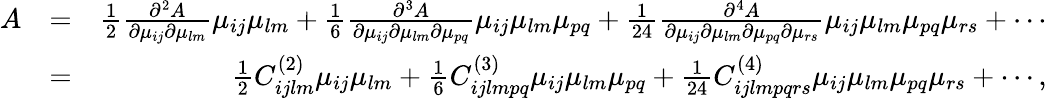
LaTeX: \begin{array}{rlr}{A}&{=}&{\frac{1}{2}\frac{\partial^{2}A}{\partial\mu_{ij}\partial\mu_{lm}}\mu_{ij}\mu_{lm}+\frac{1}{6}\frac{\partial^{3}A}{\partial\mu_{ij}\partial\mu_{lm}\partial\mu_{pq}}\mu_{ij}\mu_{lm}\mu_{pq}+\frac{1}{24}\frac{\partial^{4}A}{\partial\mu_{ij}\partial\mu_{lm}\partial\mu_{pq}\partial\mu_{rs}}\mu_{ij}\mu_{lm}\mu_{pq}\mu_{rs}+\cdots}\\ &{=}&{\frac{1}{2}C_{ijlm}^{(2)}\mu_{ij}\mu_{lm}+\frac{1}{6}C_{ijlmpq}^{(3)}\mu_{ij}\mu_{lm}\mu_{pq}+\frac{1}{24}C_{ijlmpqrs}^{(4)}\mu_{ij}\mu_{lm}\mu_{pq}\mu_{rs}+\cdots,}\end{array}